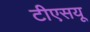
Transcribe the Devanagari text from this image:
टीएसयू